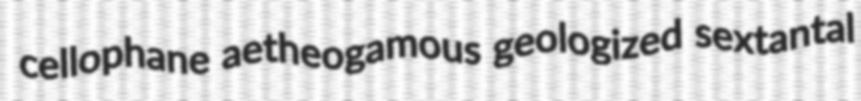
cellophane aetheogamous geologized sextantal